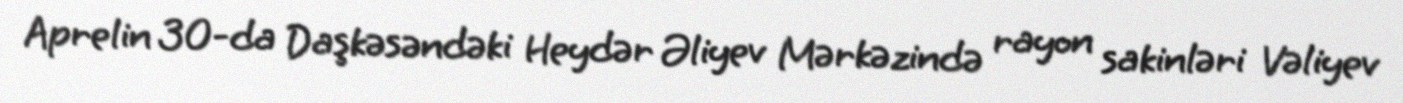
Aprelin 30-da Daşkəsəndəki Heydər Əliyev Mərkəzində rayon sakinləri Vəliyev